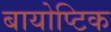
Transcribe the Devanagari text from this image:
बायोप्टिक